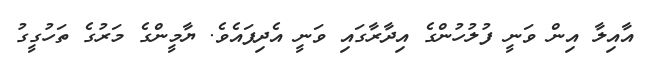
އާއިލާ އިން ވަނީ ފުލުހުންގެ އިދާރާގައި ވަނީ އެދިފައެވެ. ޔާމީންގެ މަރުގެ ތަހުގީގު